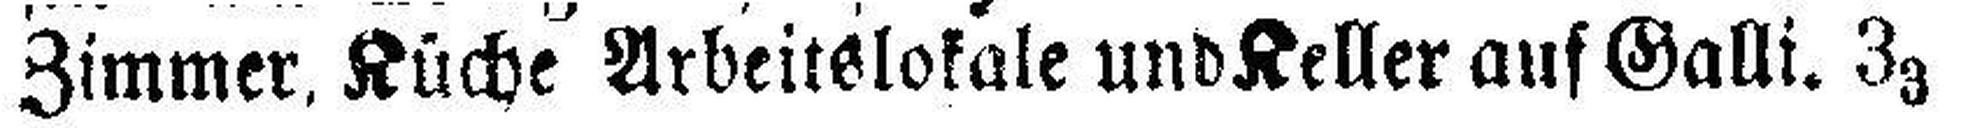
Zimmer, Küche Arbeitslokale und Keller auf Galli. 33